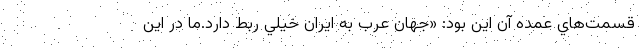
قسمت‌هاي عمده آن اين بود: «جهان عرب به ايران خيلي ربط دارد.ما در اين